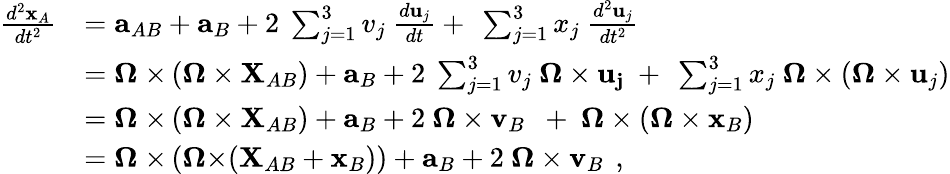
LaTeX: {\begin{array}{rl}{{\frac{d^{2}\mathbf{x}_{A}}{dt^{2}}}}&{=\mathbf{a}_{AB}+\mathbf{a}_{B}+2\ \sum_{j=1}^{3}v_{j}\ {\frac{d\mathbf{u}_{j}}{dt}}+\ \sum_{j=1}^{3}x_{j}\ {\frac{d^{2}\mathbf{u}_{j}}{dt^{2}}}}\\ &{=\mathbf{\Omega\ \times}\left(\mathbf{\Omega\times X}_{AB}\right)+\mathbf{a}_{B}+2\ \sum_{j=1}^{3}v_{j}\ \mathbf{\Omega\times u_{j}}\ +\ \sum_{j=1}^{3}x_{j}\ {\boldsymbol{\Omega}}\times\left({\boldsymbol{\Omega}}\times\mathbf{u}_{j}\right)}\\ &{=\mathbf{\Omega\ \times}\left(\mathbf{\Omega\times X}_{AB}\right)+\mathbf{a}_{B}+2\ {\boldsymbol{\Omega}}\times\mathbf{v}_{B}\ \ +\ {\boldsymbol{\Omega}}\times\left({\boldsymbol{\Omega}}\times\mathbf{x}_{B}\right)}\\ &{=\mathbf{\Omega\ \times}\left(\mathbf{\Omega\times}(\mathbf{X}_{AB}+\mathbf{x}_{B})\right)+\mathbf{a}_{B}+2\ {\boldsymbol{\Omega}}\times\mathbf{v}_{B}\ \, ,}\end{array}}